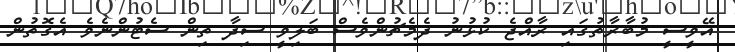
އޭވީސީ މުބާރާތުގައި ރާއްޖެ ކުޅުނު ދެމެޗުންވެސް ބަލިވީ ސިދާ ތިން ސެޓުންނެވެ އެގޮތުން